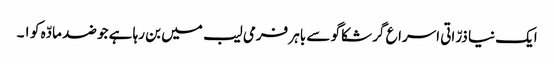
ایک نیا ذرّاتی اسراع گر شکاگو سے باہر فرمی لیب میں بن رہا ہے جو ضد مادّہ کو ١۔